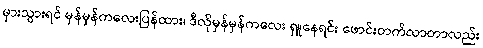
မှားသွားရင် မှန်မှန်ကလေးပြန်ထား၊ ဒီလိုမှန်မှန်ကလေး ရှူနေရင်း ဖောင်းတက်လာတာလည်း